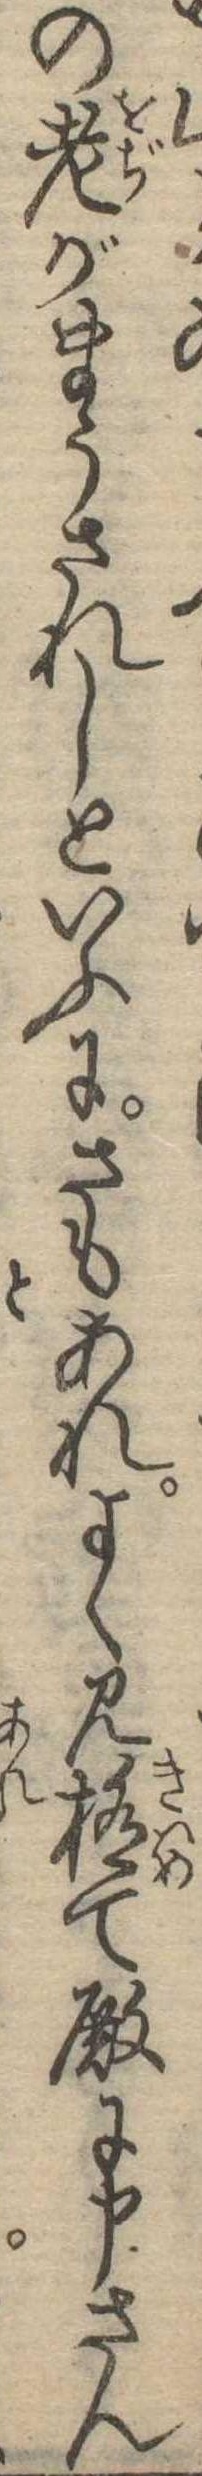
の老がまうされしといふにさもあれよく見極て殿に申さん